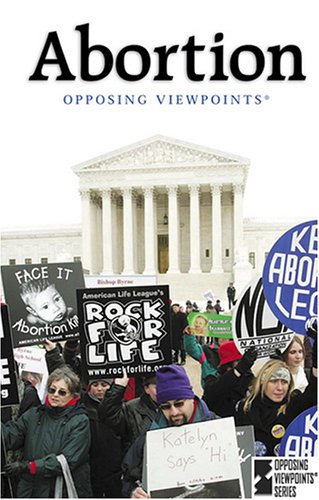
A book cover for Opposing Viewpoints Series - Abortion (hardcover edition); Teen & Young Adult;